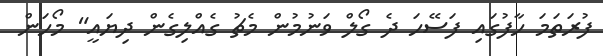
ފުރަތަމަ ހާފުގައި ފަސޭހަ ދެ ގޯލް ވަނުމުން މެޗު ގެއްލިގެން ދިޔައީ" މޯހަން